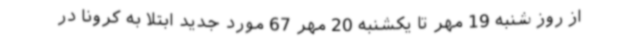
از روز شنبه 19 مهر تا یکشنبه 20 مهر 67 مورد جدید ابتلا به کرونا در